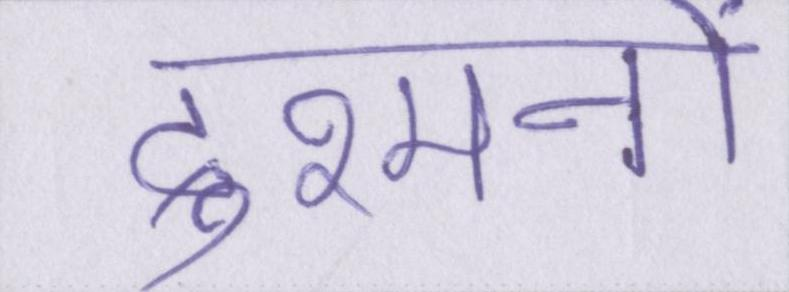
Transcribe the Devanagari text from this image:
दुश्मनों